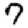
Digit: 7